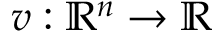
v : \mathbb { R } ^ { n } \to \mathbb { R }